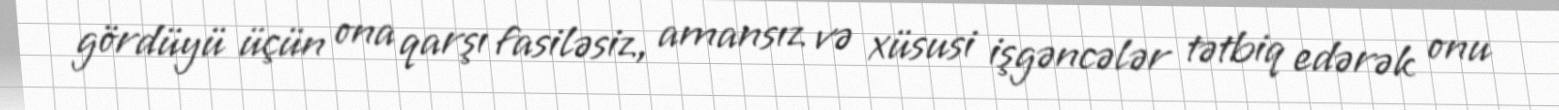
gördüyü üçün ona qarşı fasiləsiz, amansız və xüsusi işgəncələr tətbiq edərək onu